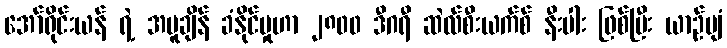
အော်ရိုင်းယန် ရဲ့ အပူချိန် ခံနိုင်မှုဟာ ၂၈၀၀ ဒီဂရီ ဆဲလ်စီးယက်စ် နီးပါး ဖြစ်ပြီး ယာဉ်ပျံ